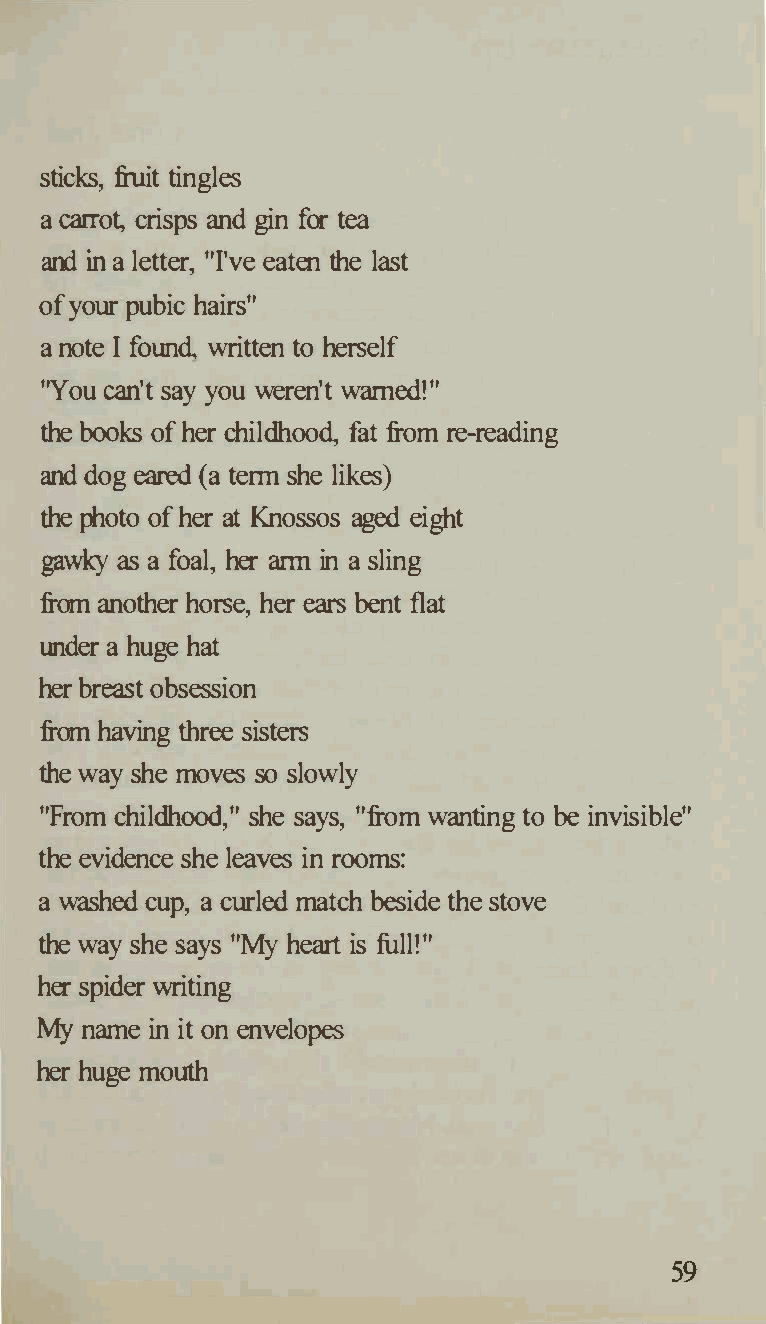
sticks, fiuit tingles
 a carrot, crisps and gin for tea
 and in a letter, "I've eaten the last
 of your pubic hairs"
 a note I found, written to herself
 "You can't say you weren't warned!"
 the books of her childhood, fatfr om re-reading
 and dog eared (a term she likes)
 the photo of her atK nossos aged eight
 gawky as a foal, her arm in a sling
 from another horse, her ears bent flat
 under a huge hat
 her breast obsession
 from having three sisters
 the way she moves so slowly
 "From childhood," she says, "from wanting to be invisible"
 the evidence she leaves in rooms:
 a washed cup, a curled matcbesh ide the stove
 the way she says "My heart is full!"
 her spider writing
 My name in it on envelopes
 her huge mouth
 59